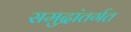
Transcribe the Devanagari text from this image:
समुद्रांतर्गत